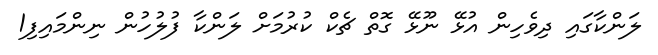
ލަންކާގައި ދިވެހިން އުޅޭ ނޫޅޭ ގޮތް ޗެކް ކުރުމަށް ލަންކާ ފުލުހުން ނިންމައިފި1